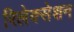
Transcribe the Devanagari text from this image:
रिलेक्सेशन